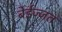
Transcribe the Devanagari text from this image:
बेईज्जत